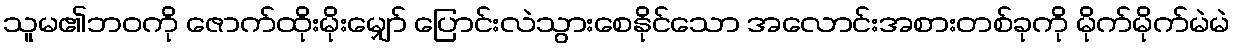
သူမ၏ဘဝကို ဇောက်ထိုးမိုးမျှော် ပြောင်းလဲသွားစေနိုင်သော အလောင်းအစားတစ်ခုကို မိုက်မိုက်မဲမဲ